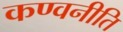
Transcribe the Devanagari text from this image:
कण्वनीति